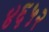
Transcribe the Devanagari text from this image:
४६५२